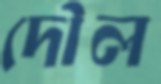
দৌল